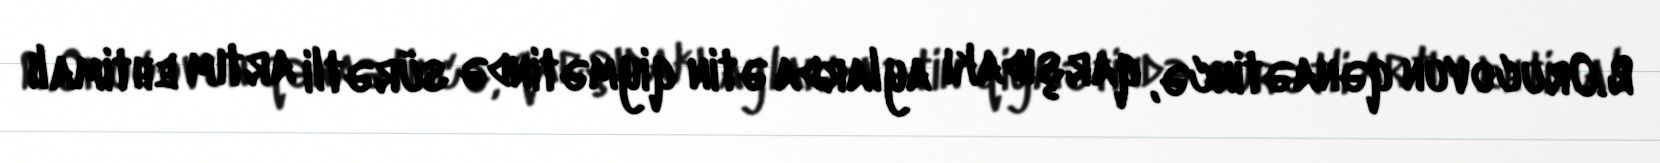
R.Orucovun qənaətincə, qarşıdakı aylarda ətin qiymətində sürətli artım ehtimalı